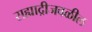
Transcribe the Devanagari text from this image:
सह्याद्रीजवळील